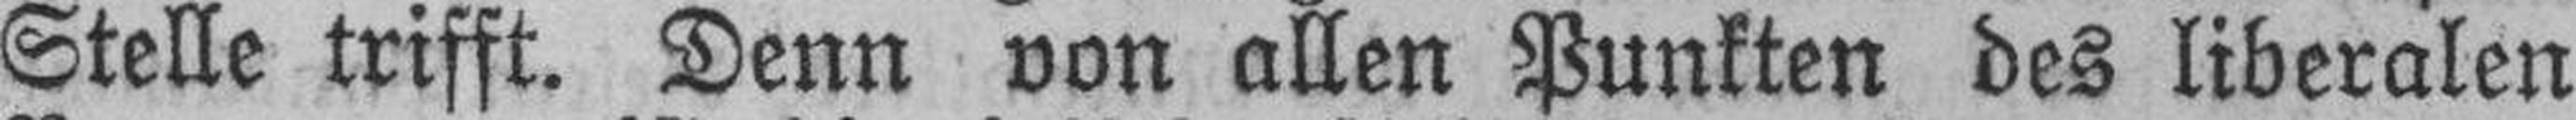
Stelle trifft. Denn von allen Punkten des liberalen